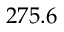
2 7 5 . 6